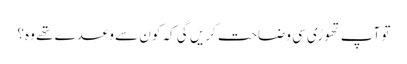
تو آپ تھوڑی سی وضاحت کریں گی کہ کون سے وعدے تھے وہ؟